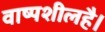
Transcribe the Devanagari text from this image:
वाष्पशीलहै।